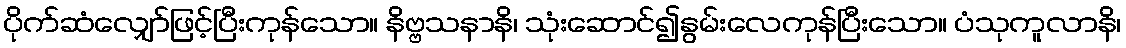
ပိုက်ဆံလျှော်ဖြင့်ပြီးကုန်သော။ နိဗ္ဗသနာနိ၊ သုံးဆောင်၍နွမ်းလေကုန်ပြီးသော။ ပံသုကူလာနိ၊